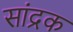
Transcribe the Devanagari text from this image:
सांद्रक